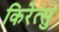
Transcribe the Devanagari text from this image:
किरेत्सु